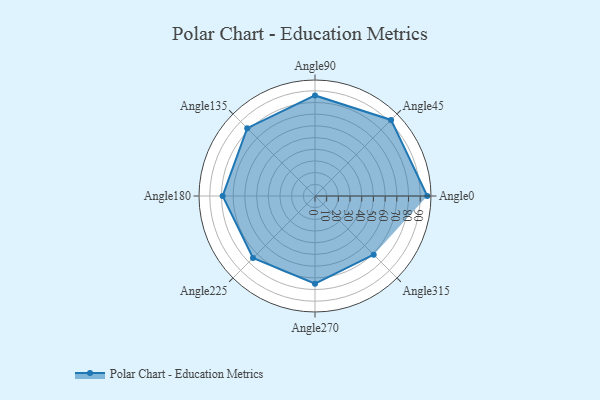
{"axis": {"x": "Angle", "y": "Radius"}, "legend": [""], "data": [{"x": "Angle0", "y": 96.0, "type": ""}, {"x": "Angle45", "y": 92.0, "type": ""}, {"x": "Angle90", "y": 86.0, "type": ""}, {"x": "Angle135", "y": 82.0, "type": ""}, {"x": "Angle180", "y": 79.0, "type": ""}, {"x": "Angle225", "y": 75.0, "type": ""}, {"x": "Angle270", "y": 75.0, "type": ""}, {"x": "Angle315", "y": 71.0, "type": ""}]}